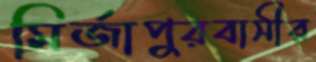
মির্জাপুরবাসীর